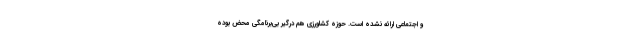
و اجتماعی ارائه نشده است. حوزه کشاورزی هم درگیر بی‌برنامگی محض بوده